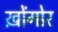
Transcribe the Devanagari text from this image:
ख़ोंगोर